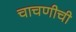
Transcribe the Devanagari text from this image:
चाचणीची